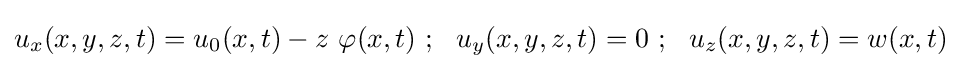
u_{x}(x,y,z,t)=u_{0}(x,t)-z~\varphi (x,t)~;~~u_{y}(x,y,z,t)=0~;~~u_{z}(x,y,z,t)=w(x,t)